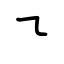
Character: ㇍